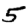
Digit: 5